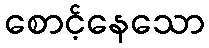
စောင့်နေသော